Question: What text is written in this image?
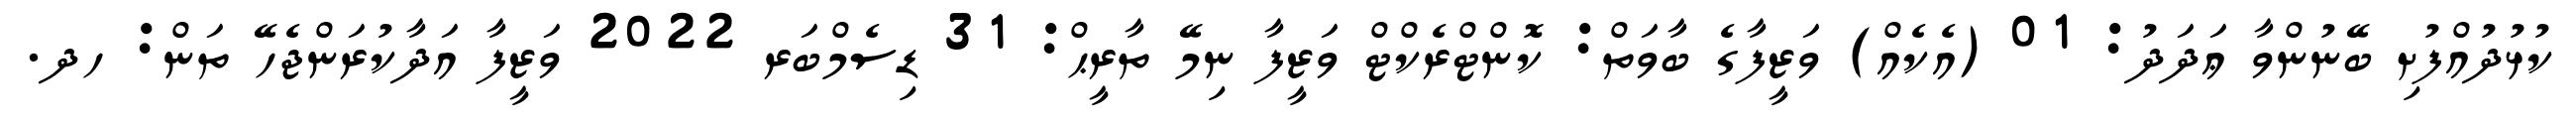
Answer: ކުޅުދުއްފުށި ބޭނުންވާ ޢަދަދު: 01 (އެކެއް) ވަޒީފާގެ ބާވަތް: ކޮންޓްރެކްޓް ވަޒީފާ ނިމޭ ތާރީޙް: 31 ޑިސެމްބަރ 2022 ވަޒީފާ އަދާކުރަންޖެހޭ ތަން: ހދ.